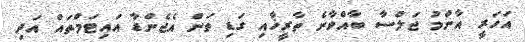
އަހަރީ އާންމު ޖަލްސާ ބާއްވާނެ ތާރީޚާއި ގަޑި ތަން އެޖެންޑާ އައިޓަމްތައް އަދި